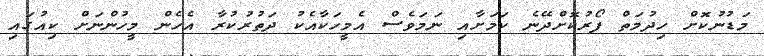
މަޑުނުކޮށް ހިދުމަތް ފޯރުކޮށްދޭނެ ކަމަށާއި ނަމަވެސް އެމީހަކާއެކު ދަތުރުކުރާ އެހެން މީހުންނަށް ކިއުގައި